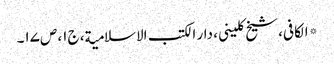
* الکافی، شیخ کلینی، دار الکتب الاسلامیة، ج۱، ص۱۷۔